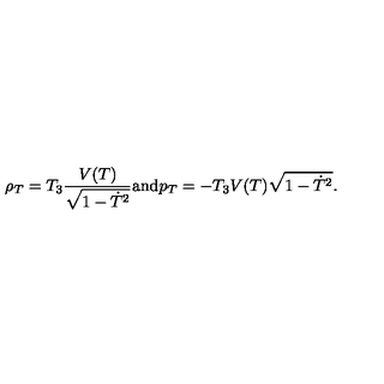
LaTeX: \rho _ { T } = T _ { 3 } \frac { V ( T ) } { \sqrt { 1 - \dot { T } ^ { 2 } } } \mathrm { a n d } p _ { T } = - T _ { 3 } V ( T ) \sqrt { 1 - \dot { T } ^ { 2 } } .